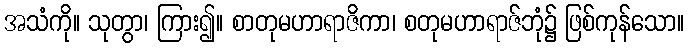
အသံကို။ သုတွာ၊ ကြား၍။ စာတုမဟာရာဇိကာ၊ စတုမဟာရာဇ်ဘုံ၌ ဖြစ်ကုန်သော။